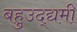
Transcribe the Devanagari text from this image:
बहुउद्द्यमी